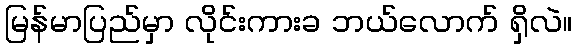
မြန်မာပြည်မှာ လိုင်းကားခ ဘယ်လောက် ရှိလဲ။